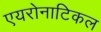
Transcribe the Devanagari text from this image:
एयरोनाटिकल